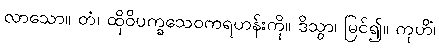
လာသော။ တံ၊ ထိုဝိပက္ခသေဝကရဟန်းကို။ ဒိသွာ၊ မြင်၍။ ကုဟိံ၊